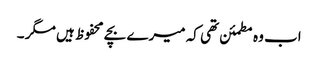
اب وہ مطمئن تھی کہ میرے بچے محفوظ ہیں مگر ۔